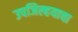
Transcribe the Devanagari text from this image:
उपजिल्हयाचा